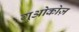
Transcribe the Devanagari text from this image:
गुओकोज़